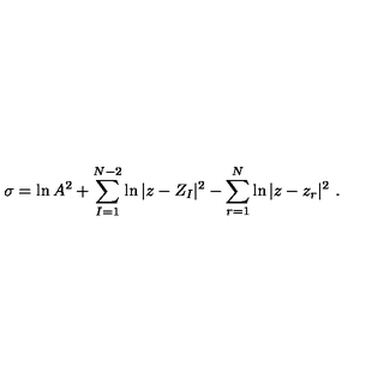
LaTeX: \sigma = \ln A ^ { 2 } + \sum _ { I = 1 } ^ { N - 2 } \ln | z - Z _ { I } | ^ { 2 } - \sum _ { r = 1 } ^ { N } \ln | z - z _ { r } | ^ { 2 } \ .